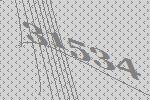
31534